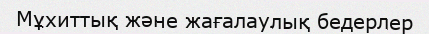
Мұхиттық және жағалаулық бедерлер